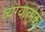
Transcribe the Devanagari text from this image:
व्यंग्यात्मक।